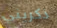
ذكريني